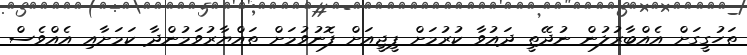
ތަހުގީގަށް އެއްބާރުލުން ނުދޭތީ ދައުވާ ކުރުމަށް ޕީޖީއަށް ފޮނުވުމަށް ތައްޔާރުވަމުންދާ ކަމަށާއި އެއްވެސް